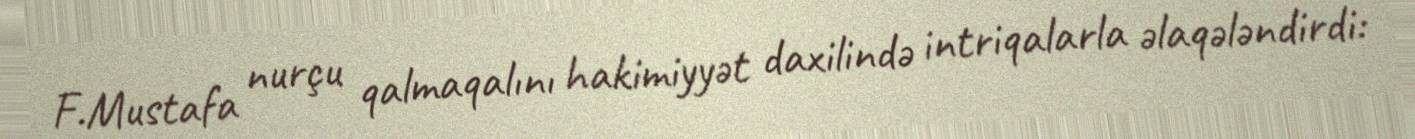
F.Mustafa nurçu qalmaqalını hakimiyyət daxilində intriqalarla əlaqələndirdi: